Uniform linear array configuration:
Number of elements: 4
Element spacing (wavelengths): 0.25
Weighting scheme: hamming
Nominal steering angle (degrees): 45
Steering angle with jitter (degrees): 46.556
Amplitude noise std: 0.05
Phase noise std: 0.05

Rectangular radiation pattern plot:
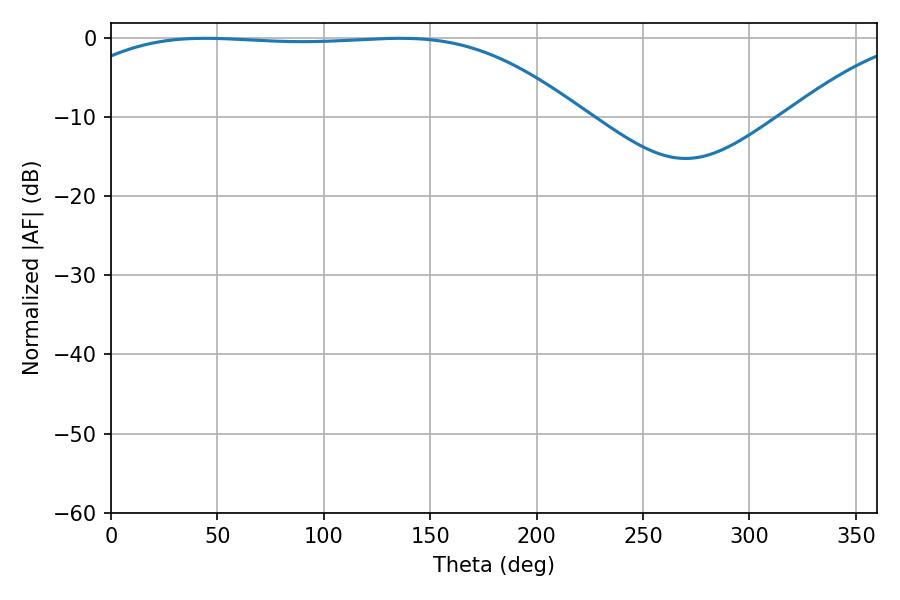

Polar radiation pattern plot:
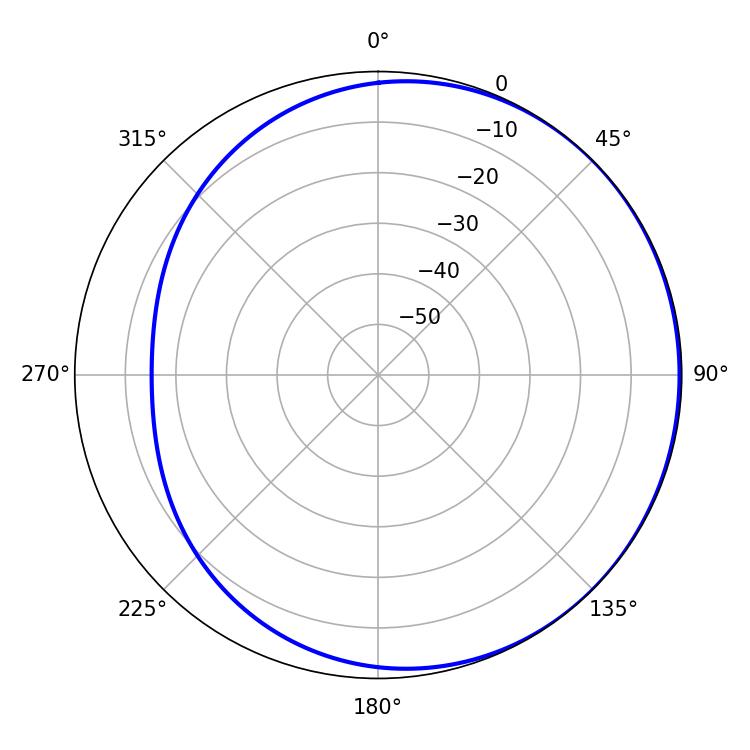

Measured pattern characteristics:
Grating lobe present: FALSE
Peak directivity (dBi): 0.7696
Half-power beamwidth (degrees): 186.3
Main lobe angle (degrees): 44.28